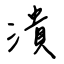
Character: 潰